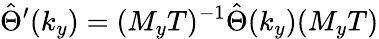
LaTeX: \hat{\Theta}^{\prime}(k_{y})=(M_{y}T)^{-1}\hat{\Theta}(k_{y})(M_{y}T)